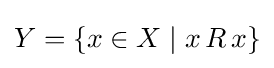
Y=\{x\in X\mid x\,R\,x\}